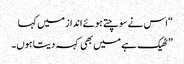
“اس نے سوچتے ہوئے انداز میں کہا
” ٹھیک ہے میں بھی کہہ دیتا ہوں۔